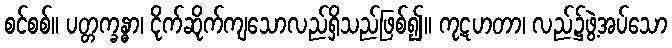
စင်စစ်။ ပတ္တက္ခန္ဓာ၊ ငိုက်ဆိုက်ကျသောလည်ရှိသည်ဖြစ်၍။ ကုဋဟတာ၊ လည်၌ဖွဲ့အပ်သော